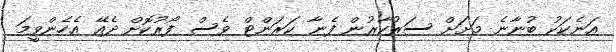
އަނެކަކު ބުނާނެ މަށަށް ސަރުކާރުން ފެނާ ކަރަންޓް ވެސް ފޯރުކޮށް ދެއޭ އެހެންވީމަ